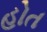
હોત